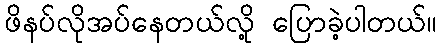
ဖိနပ်လိုအပ်နေတယ်လို့ ပြောခဲ့ပါတယ်။